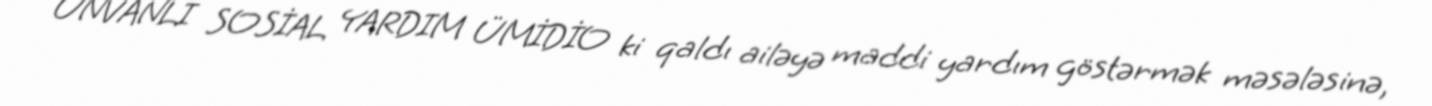
ÜNVANLI SOSİAL YARDIM ÜMİDİO ki qaldı ailəyə maddi yardım göstərmək məsələsinə,